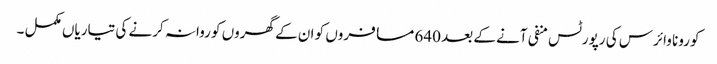
کورونا وائرس کی رپورٹس منفی آنے کے بعد 640 مسافروں کو ان کے گھروں کو روانہ کرنے کی تیاریاں مکمل ۔